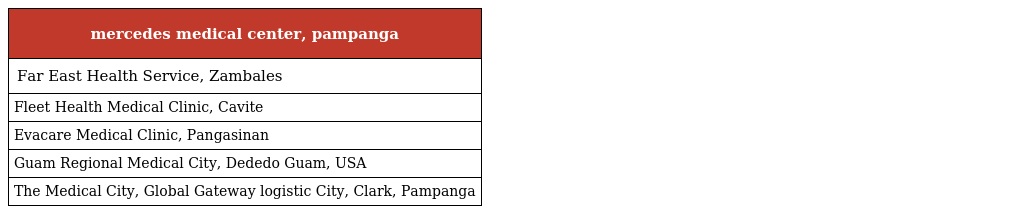
| mercedes medical center, pampanga |
 | --- |
 | Far East Health Service, Zambales |
 | Fleet Health Medical Clinic, Cavite |
 | Evacare Medical Clinic, Pangasinan |
 | Guam Regional Medical City, Dededo Guam, USA |
 | The Medical City, Global Gateway logistic City, Clark, Pampanga |